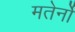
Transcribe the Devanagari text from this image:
मतेर्नो